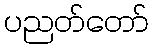
ပညတ်တော်